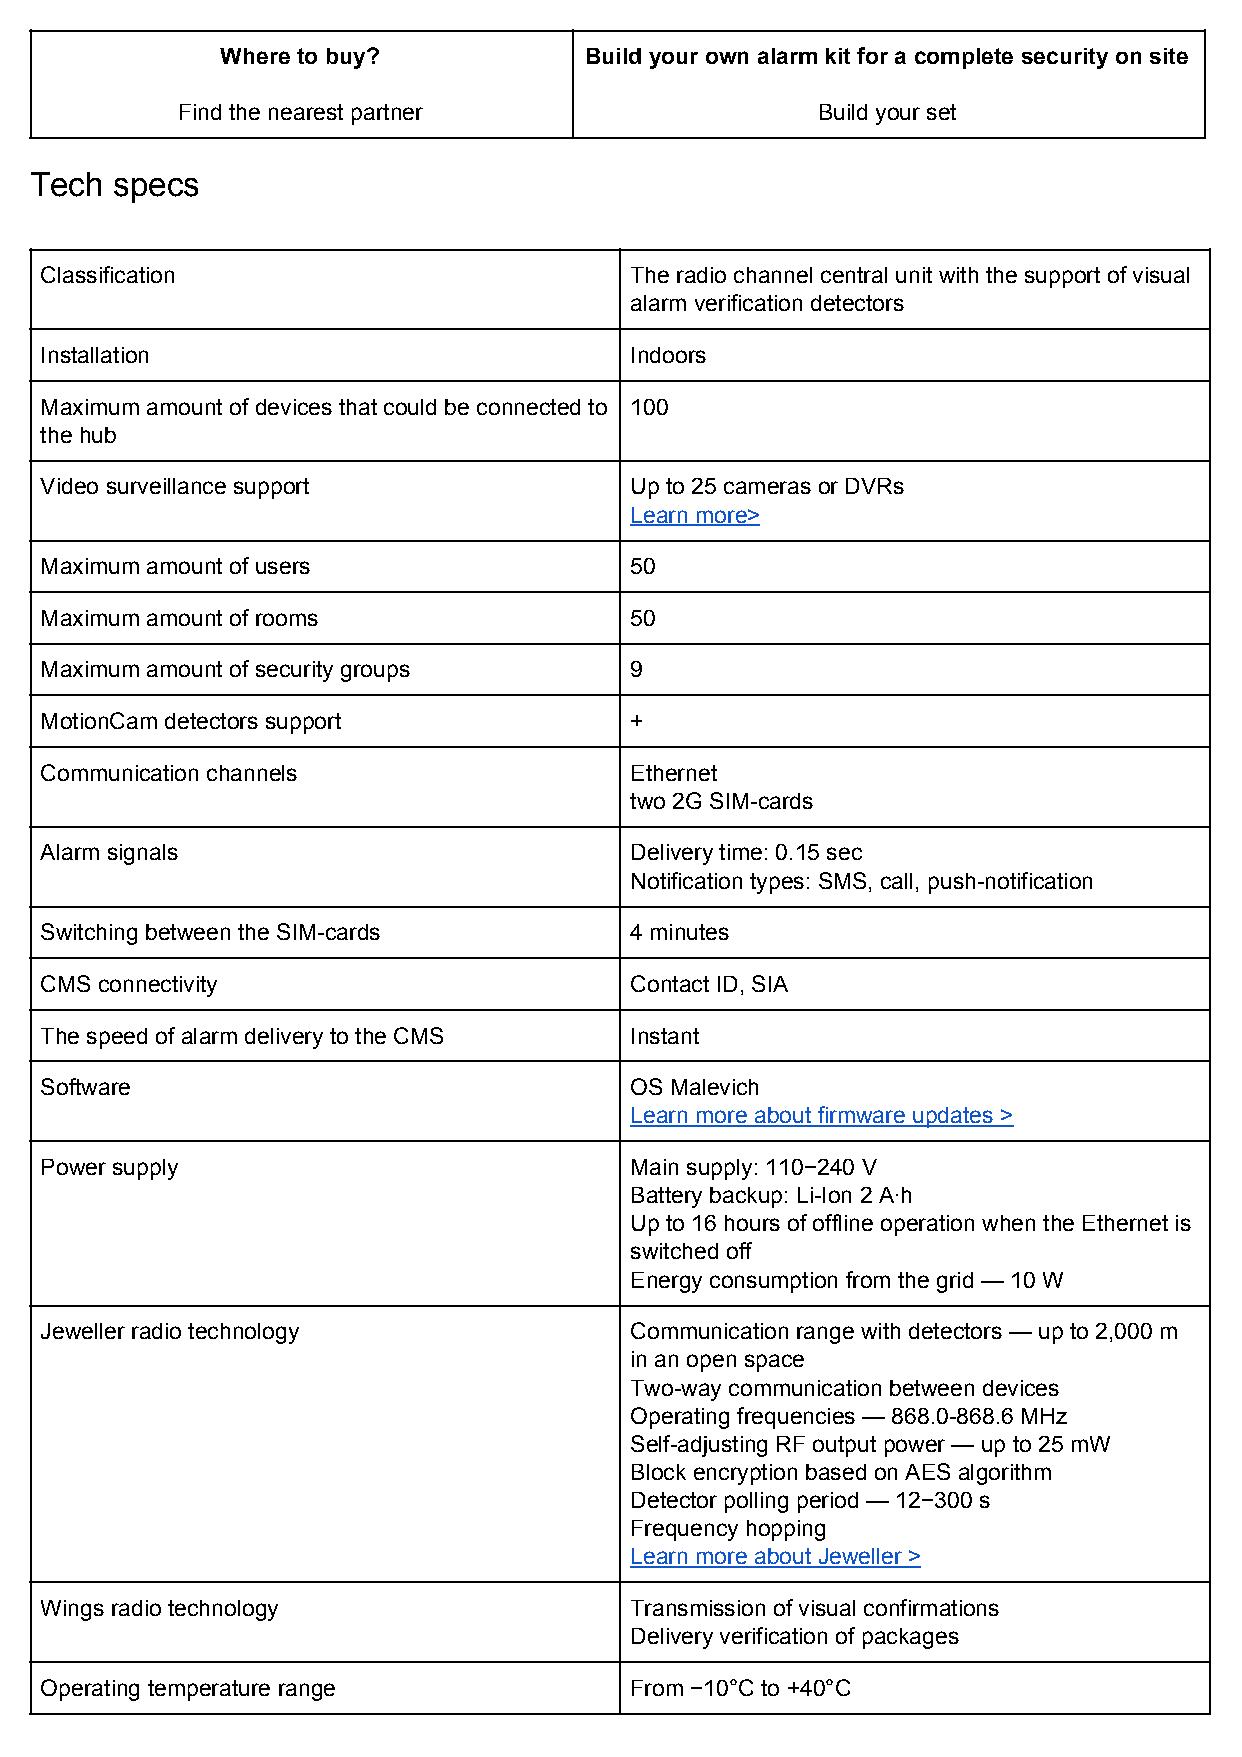
Where to buy?           Build your own alarm kit for a complete security on site
 Find the nearest partner                  Build your set
 Tech specs
 Classification                         The radio channel central unit with the support of visual
 alarm verification detectors
 Installation                           Indoors
 Maximum amount of devices that could be connected to 100
 the hub
 Video surveillance support             Up to 25 cameras or DVRs
 Learn more>
 Maximum amount of users                50
 Maximum amount of rooms                50
 Maximum amount of security groups      9
 MotionCam detectors support            +
 Communication channels                 Ethernet
 two 2G SIM-cards
 Alarm signals                          Delivery time: 0.15 sec
 Notification types: SMS, call, push-notification
 Switching between the SIM-cards        4 minutes
 CMS connectivity                       Contact ID, SIA
 The speed of alarm delivery to the CMS Instant
 Software                               OS Malevich
 Learn more about firmware updates >
 Power supply                           Main supply: 110−240 V
 Battery backup: Li-Ion 2 А·h
 Up to 16 hours of offline operation when the Ethernet is
 switched off
 Energy consumption from the grid — 10 W
 Jeweller radio technology              Communication range with detectors — up to 2,000 m
 in an open space
 Two-way communication between devices
 Operating frequencies — 868.0-868.6 MHz
 Self-adjusting RF output power — up to 25 mW
 Block encryption based on AES algorithm
 Detector polling period — 12−300 s
 Frequency hopping
 Learn more about Jeweller >
 Wings radio technology                 Transmission of visual confirmations
 Delivery verification of packages
 Operating temperature range            From −10°С to +40°С